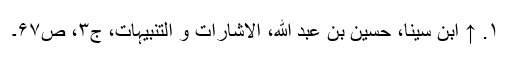
۱. ↑ ابن سینا، حسین بن عبد الله، الاشارات و التنبیہات، ج‌۳، ص‌۶۷‌۔